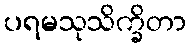
ပရမသုသိက္ခိတာ